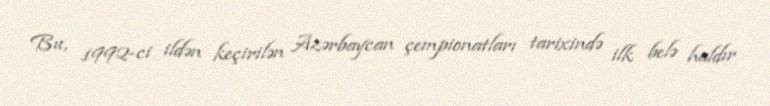
Bu, 1992-ci ildən keçirilən Azərbaycan çempionatları tarixində ilk belə haldır